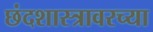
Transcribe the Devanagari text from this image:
छंदशास्त्रावरच्या